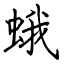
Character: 蛾